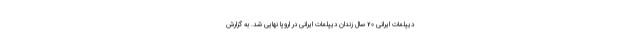
دیپلمات ایرانی 20 سال زندان دیپلمات ایرانی در اروپا نهایی شد. به گزارش